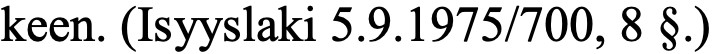
keen. (Isyyslaki 5.9.1975/700, 8 §.)